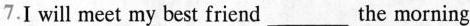
7.I will meet my best friend___the morning